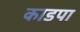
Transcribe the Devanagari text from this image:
काडपा